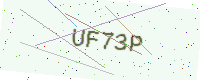
Text: UF73P